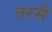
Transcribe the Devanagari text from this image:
तरसै